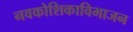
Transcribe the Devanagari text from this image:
नवकोशिकाविभाजन